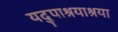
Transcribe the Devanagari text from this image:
यदुपाश्रयाश्रया